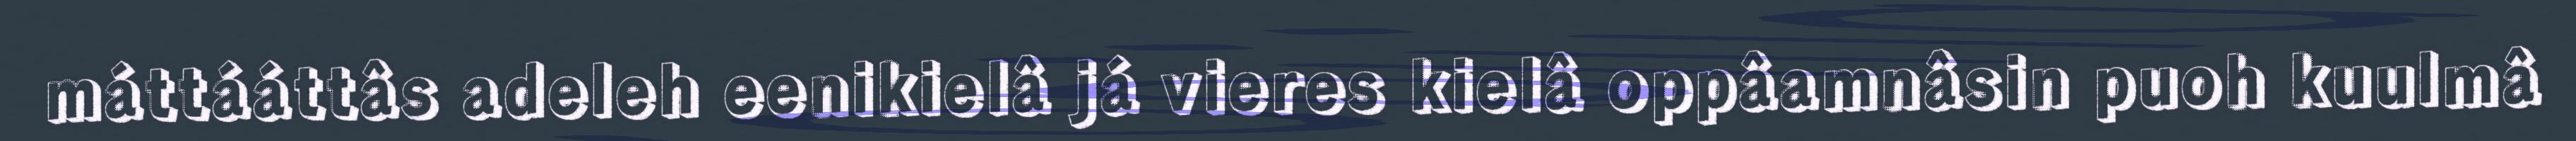
máttááttâs adeleh eenikielâ já vieres kielâ oppâamnâsin puoh kuulmâ